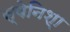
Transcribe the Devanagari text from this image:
स्‍पेनिश्‍ा